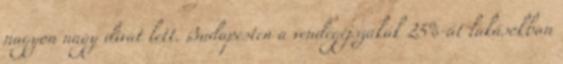
nagyon nagy divat lett. Budapesten a vendégéjszakák 25%-át lakásokban